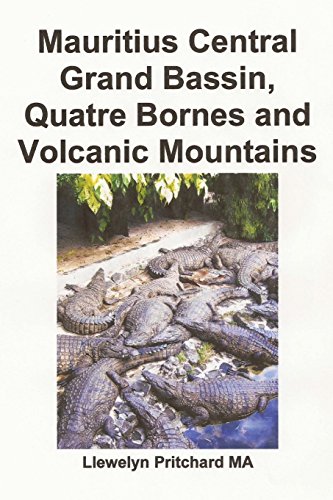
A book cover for Mauritius Central Grand Bassin, Quatre Bornes and Volcanic Mountains: En Souvenir Innsamling av farge fotografier med bildetekster (Foto Album) (Volume 12) (Norwegian Edition); Llewelyn Pritchard MA; Travel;